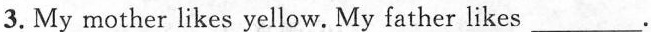
3.My mother likes yellow___. My father likes ___.